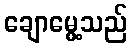
ချောမွေ့သည်